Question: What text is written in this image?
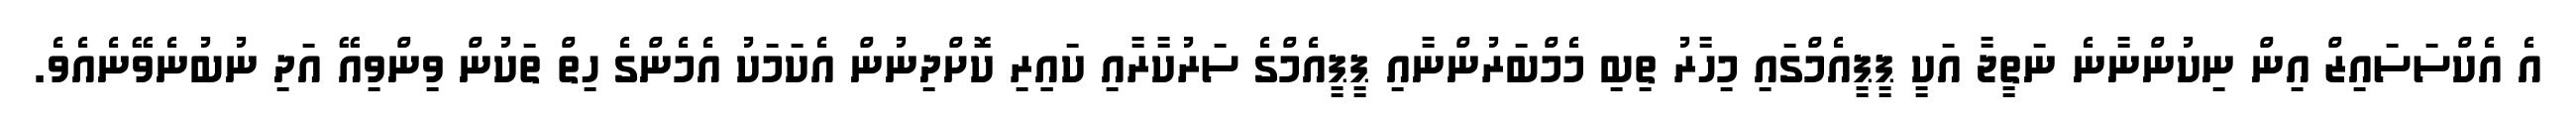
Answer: އެ އެކްސަސައިޒް އިން ނިކުންނާނެ ނަތީޖާ އަކީ ޕީޕީއެމްގައި މިހާރު ތިބި މެމްބަރުންނާއި ޕީޕީއެމްގެ ސަރުކާރާއި ކައިިރި ކޮށްދިނުން އެކަމަކު އެމެންގެ ހިތް ތަކުން ވިންވިއޭ އަދި ނުބުނެވޭނެއެވެ.